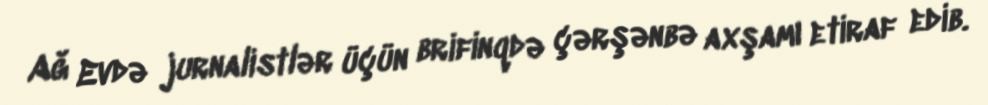
Ağ Evdə jurnalistlər üçün brifinqdə çərşənbə axşamı etiraf edib.